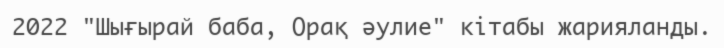
2022 "Шығырай баба, Орақ әулие" кітабы жарияланды.